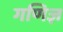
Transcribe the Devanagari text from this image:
गणिज्ञ